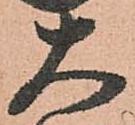
大